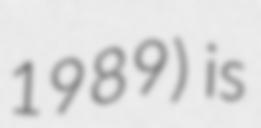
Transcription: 1989) is